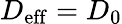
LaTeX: D_{\mathrm{eff}}=D_{0}